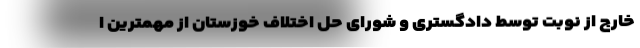
خارج از نوبت توسط دادگستری و شورای حل اختلاف خوزستان از مهمترین ا